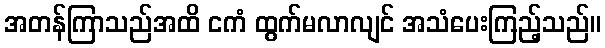
အတန်ကြာသည်အထိ ငကံ ထွက်မလာလျင် အသံပေးကြည့်သည်။